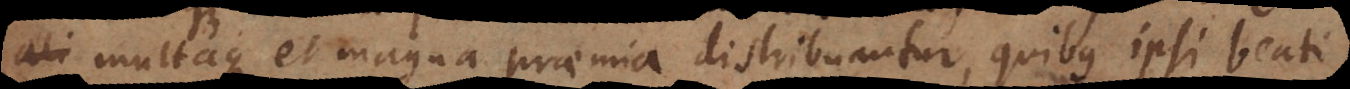
multaque et magna praemia distribuantur, quibus ipsi beati